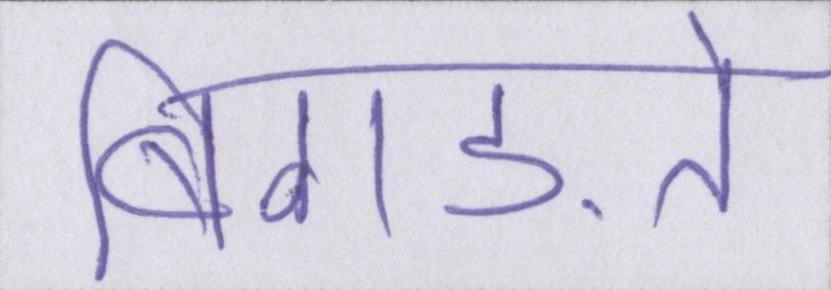
बिगड़ते